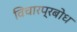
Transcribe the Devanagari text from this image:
विचारप्रबोध